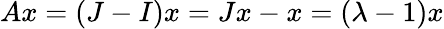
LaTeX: Ax=(J-I)x=Jx-x=(\lambda-1)x